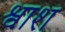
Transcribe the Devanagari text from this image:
श्वाश